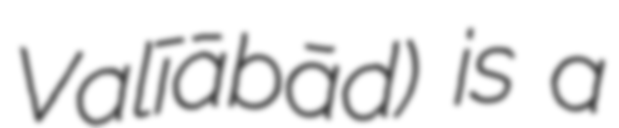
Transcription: Valīābād) is a